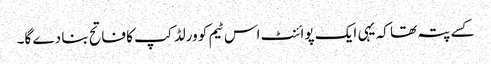
کسے پتہ تھا کہ یہی ایک پوائنٹ اس ٹیم کو ورلڈ کپ کا فاتح بنا دے گا۔